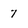
Character: 7